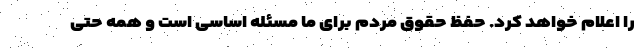
را اعلام خواهد کرد. حفظ حقوق مردم برای ما مسئله اساسی است و همه حتی